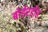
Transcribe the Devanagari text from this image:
बोईरडीह